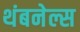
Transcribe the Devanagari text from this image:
थंबनेल्स